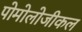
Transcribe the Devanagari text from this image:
पोमोलोजीकल